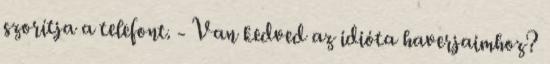
szorítja a telefont. - Van kedved az idióta haverjaimhoz?